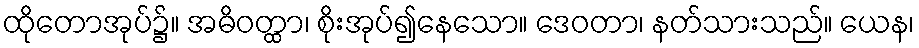
ထိုတောအုပ်၌။ အဓိဝတ္ထာ၊ စိုးအုပ်၍နေသော။ ဒေဝတာ၊ နတ်သားသည်။ ယေန၊